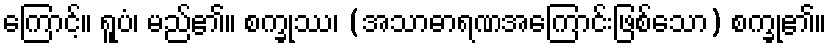
ကြောင့်။ ရူပံ၊ မည်၏။ စက္ခုဿ၊ (အသာဓာရဏအကြောင်းဖြစ်သော) စက္ခု၏။